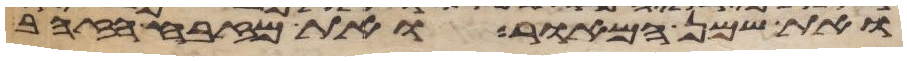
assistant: ואת שמן המאור את מזבח הזהב